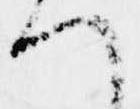
へ